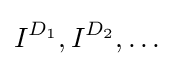
I^{D_{1}},I^{D_{2}},\dots